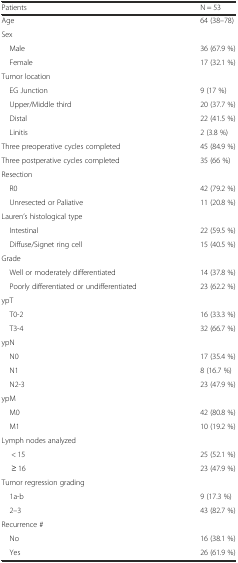
<table><thead><tr><td><b>Patients</b></td><td><b>N = 53</b></td></tr></thead><tbody><tr><td>Age</td><td>64 (38–78)</td></tr><tr><td>Sex</td><td></td></tr><tr><td> Male</td><td>36 (67.9 %)</td></tr><tr><td> Female</td><td>17 (32.1 %)</td></tr><tr><td>Tumor location</td><td></td></tr><tr><td> EG Junction</td><td>9 (17 %)</td></tr><tr><td> Upper/Middle third</td><td>20 (37.7 %)</td></tr><tr><td> Distal</td><td>22 (41.5 %)</td></tr><tr><td> Linitis</td><td>2 (3.8 %)</td></tr><tr><td>Three preoperative cycles completed</td><td>45 (84.9 %)</td></tr><tr><td>Three postperative cycles completed</td><td>35 (66 %)</td></tr><tr><td>Resection</td><td></td></tr><tr><td> R0</td><td>42 (79.2 %)</td></tr><tr><td> Unresected or Paliative</td><td>11 (20.8 %)</td></tr><tr><td>Lauren’s histological type</td><td></td></tr><tr><td> Intestinal</td><td>22 (59.5 %)</td></tr><tr><td> Diffuse/Signet ring cell</td><td>15 (40.5 %)</td></tr><tr><td>Grade</td><td></td></tr><tr><td> Well or moderately differentiated</td><td>14 (37.8 %)</td></tr><tr><td> Poorly differentiated or undifferentiated</td><td>23 (62.2 %)</td></tr><tr><td>ypT</td><td></td></tr><tr><td> T0-2</td><td>16 (33.3 %)</td></tr><tr><td> T3-4</td><td>32 (66.7 %)</td></tr><tr><td>ypN</td><td></td></tr><tr><td> N0</td><td>17 (35.4 %)</td></tr><tr><td> N1</td><td>8 (16.7 %)</td></tr><tr><td> N2-3</td><td>23 (47.9 %)</td></tr><tr><td>ypM</td><td></td></tr><tr><td> M0</td><td>42 (80.8 %)</td></tr><tr><td> M1</td><td>10 (19.2 %)</td></tr><tr><td>Lymph nodes analyzed</td><td></td></tr><tr><td>&lt; 15</td><td>25 (52.1 %)</td></tr><tr><td>≥ 16</td><td>23 (47.9 %)</td></tr><tr><td>Tumor regression grading</td><td></td></tr><tr><td> 1a-b</td><td>9 (17.3 %)</td></tr><tr><td> 2–3</td><td>43 (82.7 %)</td></tr><tr><td>Recurrence #</td><td></td></tr><tr><td> No</td><td>16 (38.1 %)</td></tr><tr><td> Yes</td><td>26 (61.9 %)</td></tr></tbody></table>